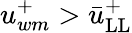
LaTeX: u_{wm}^{+}>\bar{u}_{\mathrm{LL}}^{+}